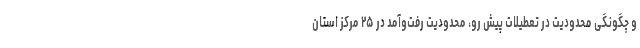
و چگونگی محدودیت در تعطیلات پیش رو، محدودیت رفت‌وآمد در ۲۵ مرکز استان‌